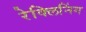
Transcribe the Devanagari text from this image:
रेक्लिनिंग